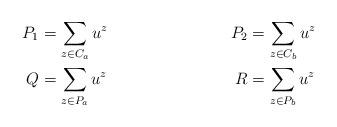
LaTeX: \begin{align*}P_{1}&= \sum_{z\in C_{a}}u^{z} &P_{2} &=\sum_{z\in C_{b}}u^{z}\\Q&= \sum_{z\in P_{a}}u^{z} &R &=\sum_{z\in P_{b}}u^{z}\end{align*}